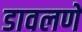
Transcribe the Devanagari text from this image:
डावलणे